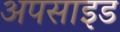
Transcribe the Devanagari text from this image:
अपसाइड